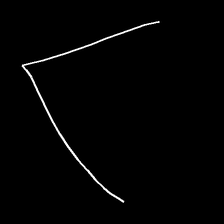
Glyph: region